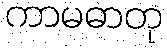
ကာမဓာတု